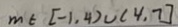
m \in [ - 1 , 4 ) \cup ( 4 , 7 ]